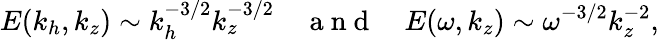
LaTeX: E(k_{h},k_{z})\sim k_{h}^{-3/2}k_{z}^{-3/2}~~~~\mathrm{~a~n~d~}~~~~E(\omega,k_{z})\sim\omega^{-3/2}k_{z}^{-2},